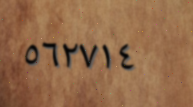
٥٦٢٧١٤